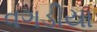
વગડીયા